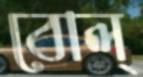
বোল্